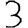
Digit: 3